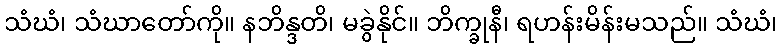
သံဃံ၊ သံဃာတော်ကို။ နဘိန္ဒတိ၊ မခွဲနိုင်။ ဘိက္ခုနီ၊ ရဟန်းမိန်းမသည်။ သံဃံ၊